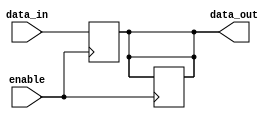
module EnableLatch (
    input wire enable,
    input wire data_in,
    output reg data_out
);

always @ (posedge enable)
begin
    if (enable == 1'b1)
    begin
        data_out <= data_in;
    end
end

always @ (negedge enable)
begin
    if (enable == 1'b0)
    begin
        data_out <= data_out;
    end
end

endmodule